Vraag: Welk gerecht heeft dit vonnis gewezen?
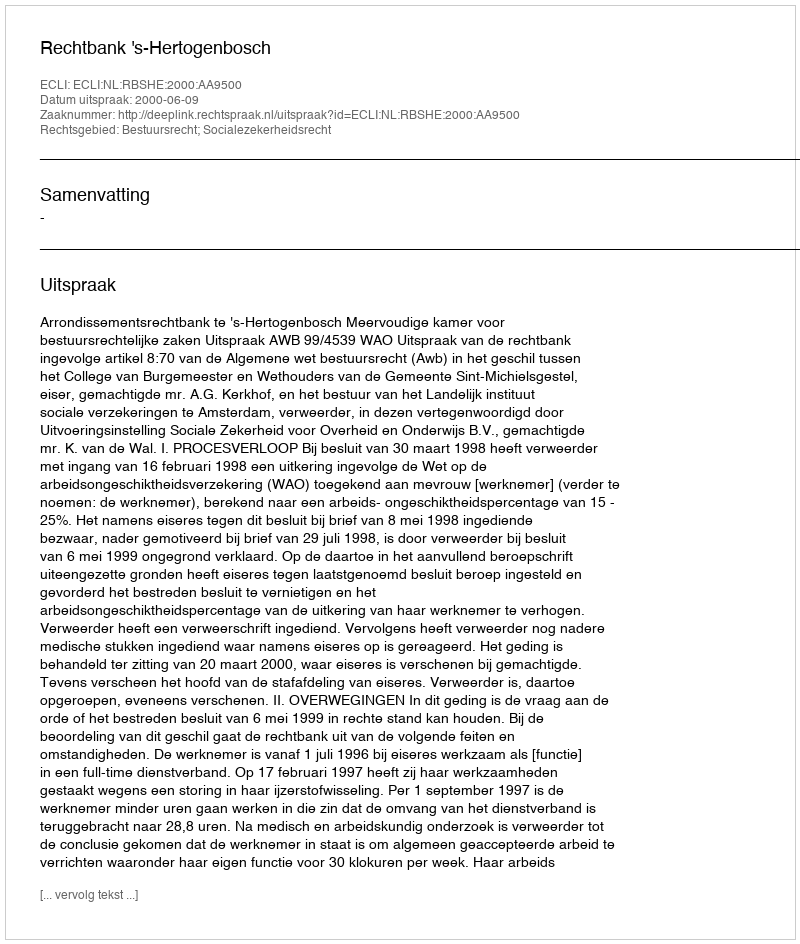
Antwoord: Rechtbank 's-Hertogenbosch